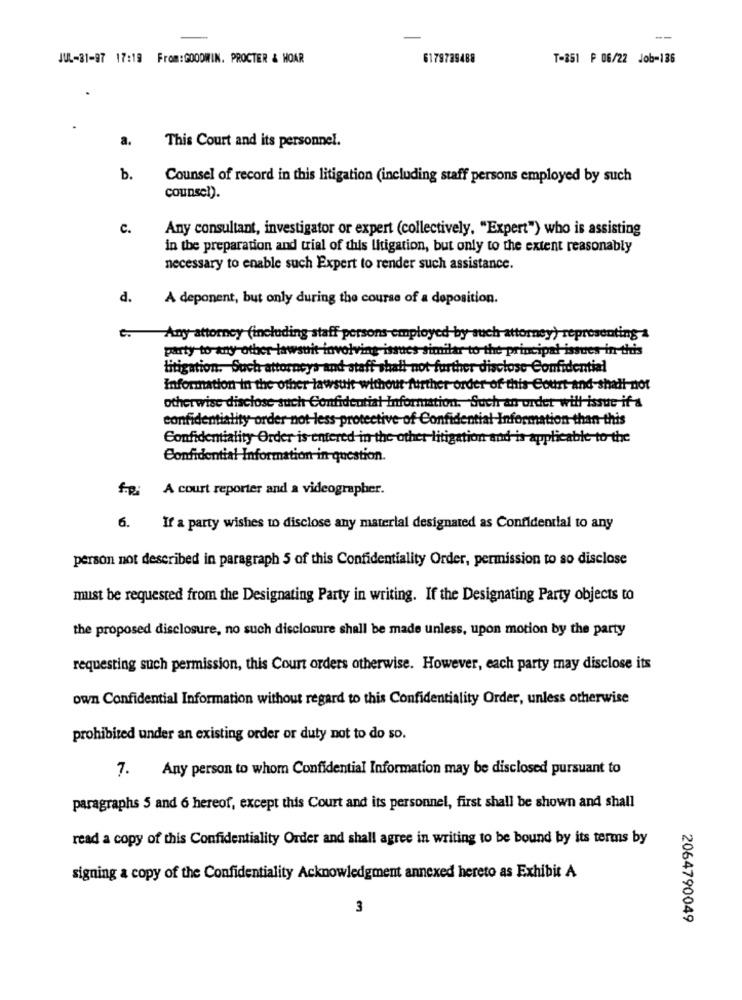
-
JUL-81-97 17:19 From:GOODWIN. PROCTER & HOAR
6179789488
T-851 ₱ 06/22 Job-136
a.
This Court and its personnel.
b.
Counsel of record in this litigation (including staff persons employed by such
counsel).
c.
Any consultant, investigator or expert (collectively. "Expert") who is assisting
in the preparation and trial of this litigation, but only to the extent reasonably
necessary to enable such Expert to render such assistance.
d.
A deponent, but only during the course of a deposition.
c. Any attorney (including staff persons employed by such attorney) representing a
party to any other-lawsuit involving issues-similar to- the- principal issues in-this
litigation. Such attorneys and staff shall not-further disclose Confidential
Information in the other lawsuit without further order of this Court-and-shall not
otherwise disclose such Confidential Information, Such an order will issue if &
confidentiality order not less-protective of Confidential Information-than-this
Confidentiality Order is entered in the other litigation and is applicable to the
Confidential Information in question.
foi
A court reporter and a videographer.
6.
If a party wishes to disclose any material designated as Confidential to any
person not described in paragraph 5 of this Confidentiality Order, permission to so disclose
must be requested from the Designating Party in writing. If the Designating Party objects to
the proposed disclosure, no such disclosure shall be made unless, upon motion by the party
requesting such permission, this Court orders otherwise. However, each party may disclose its
own Confidential Information without regard to this Confidentiality Order, unless otherwise
prohibited under an existing order or duty not to do so.
7. Any person to whom Confidential Information may be disclosed pursuant to
paragraphs 5 and 6 hereof, except this Court and its personnel, first shall be shown and shall
read a copy of this Confidentiality Order and shall agree in writing to be bound by its terms by
signing a copy of the Confidentiality Acknowledgment annexed hereto as Exhibit A
3
2064790049